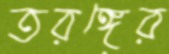
তরঙ্গের